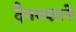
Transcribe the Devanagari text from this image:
दैववशाने